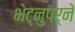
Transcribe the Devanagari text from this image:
भेट्नुपर्ने